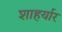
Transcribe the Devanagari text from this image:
शाहर्यार